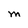
Character: M